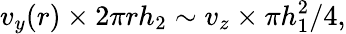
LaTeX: v_{y}(r)\times 2\pi rh_{2}\sim v_{z}\times\pi h_{1}^{2}/4,